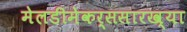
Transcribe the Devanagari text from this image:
मेलडीमेकर्ससारख्या